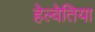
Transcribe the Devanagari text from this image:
हेल्वेतिया